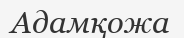
Адамқожа